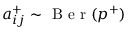
a _ { i j } ^ { + } \sim \mathrm { ~ B ~ e ~ r ~ } ( p ^ { + } )